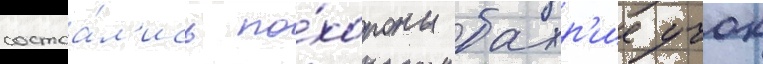
состоа́л'ись по́хороны бахр'ие учок